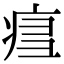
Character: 𤶍